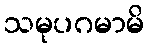
သမုပဂမာမိ